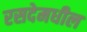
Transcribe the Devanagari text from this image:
रसदेमधील